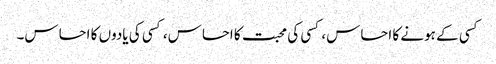
کسی کے ہونے کا احساس، کسی کی محبت کا احساس، کسی کی یادوں کا احساس۔